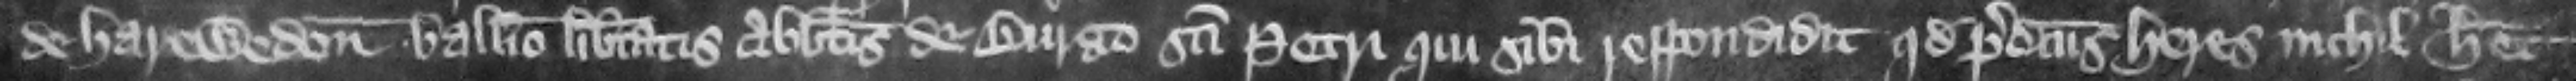
de Harewedon balliuo libertatis abbatis de Burgo Sancti Petri. qui sibi respondidit quod predictus heres nichil habet